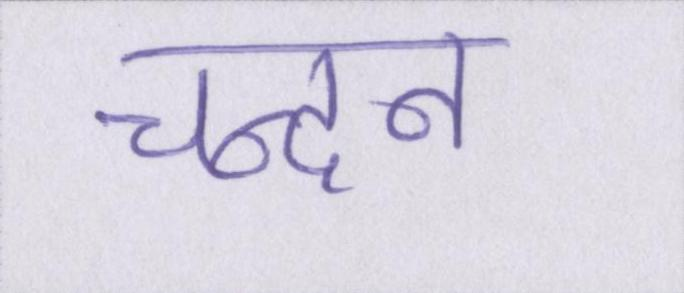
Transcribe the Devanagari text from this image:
चन्दन